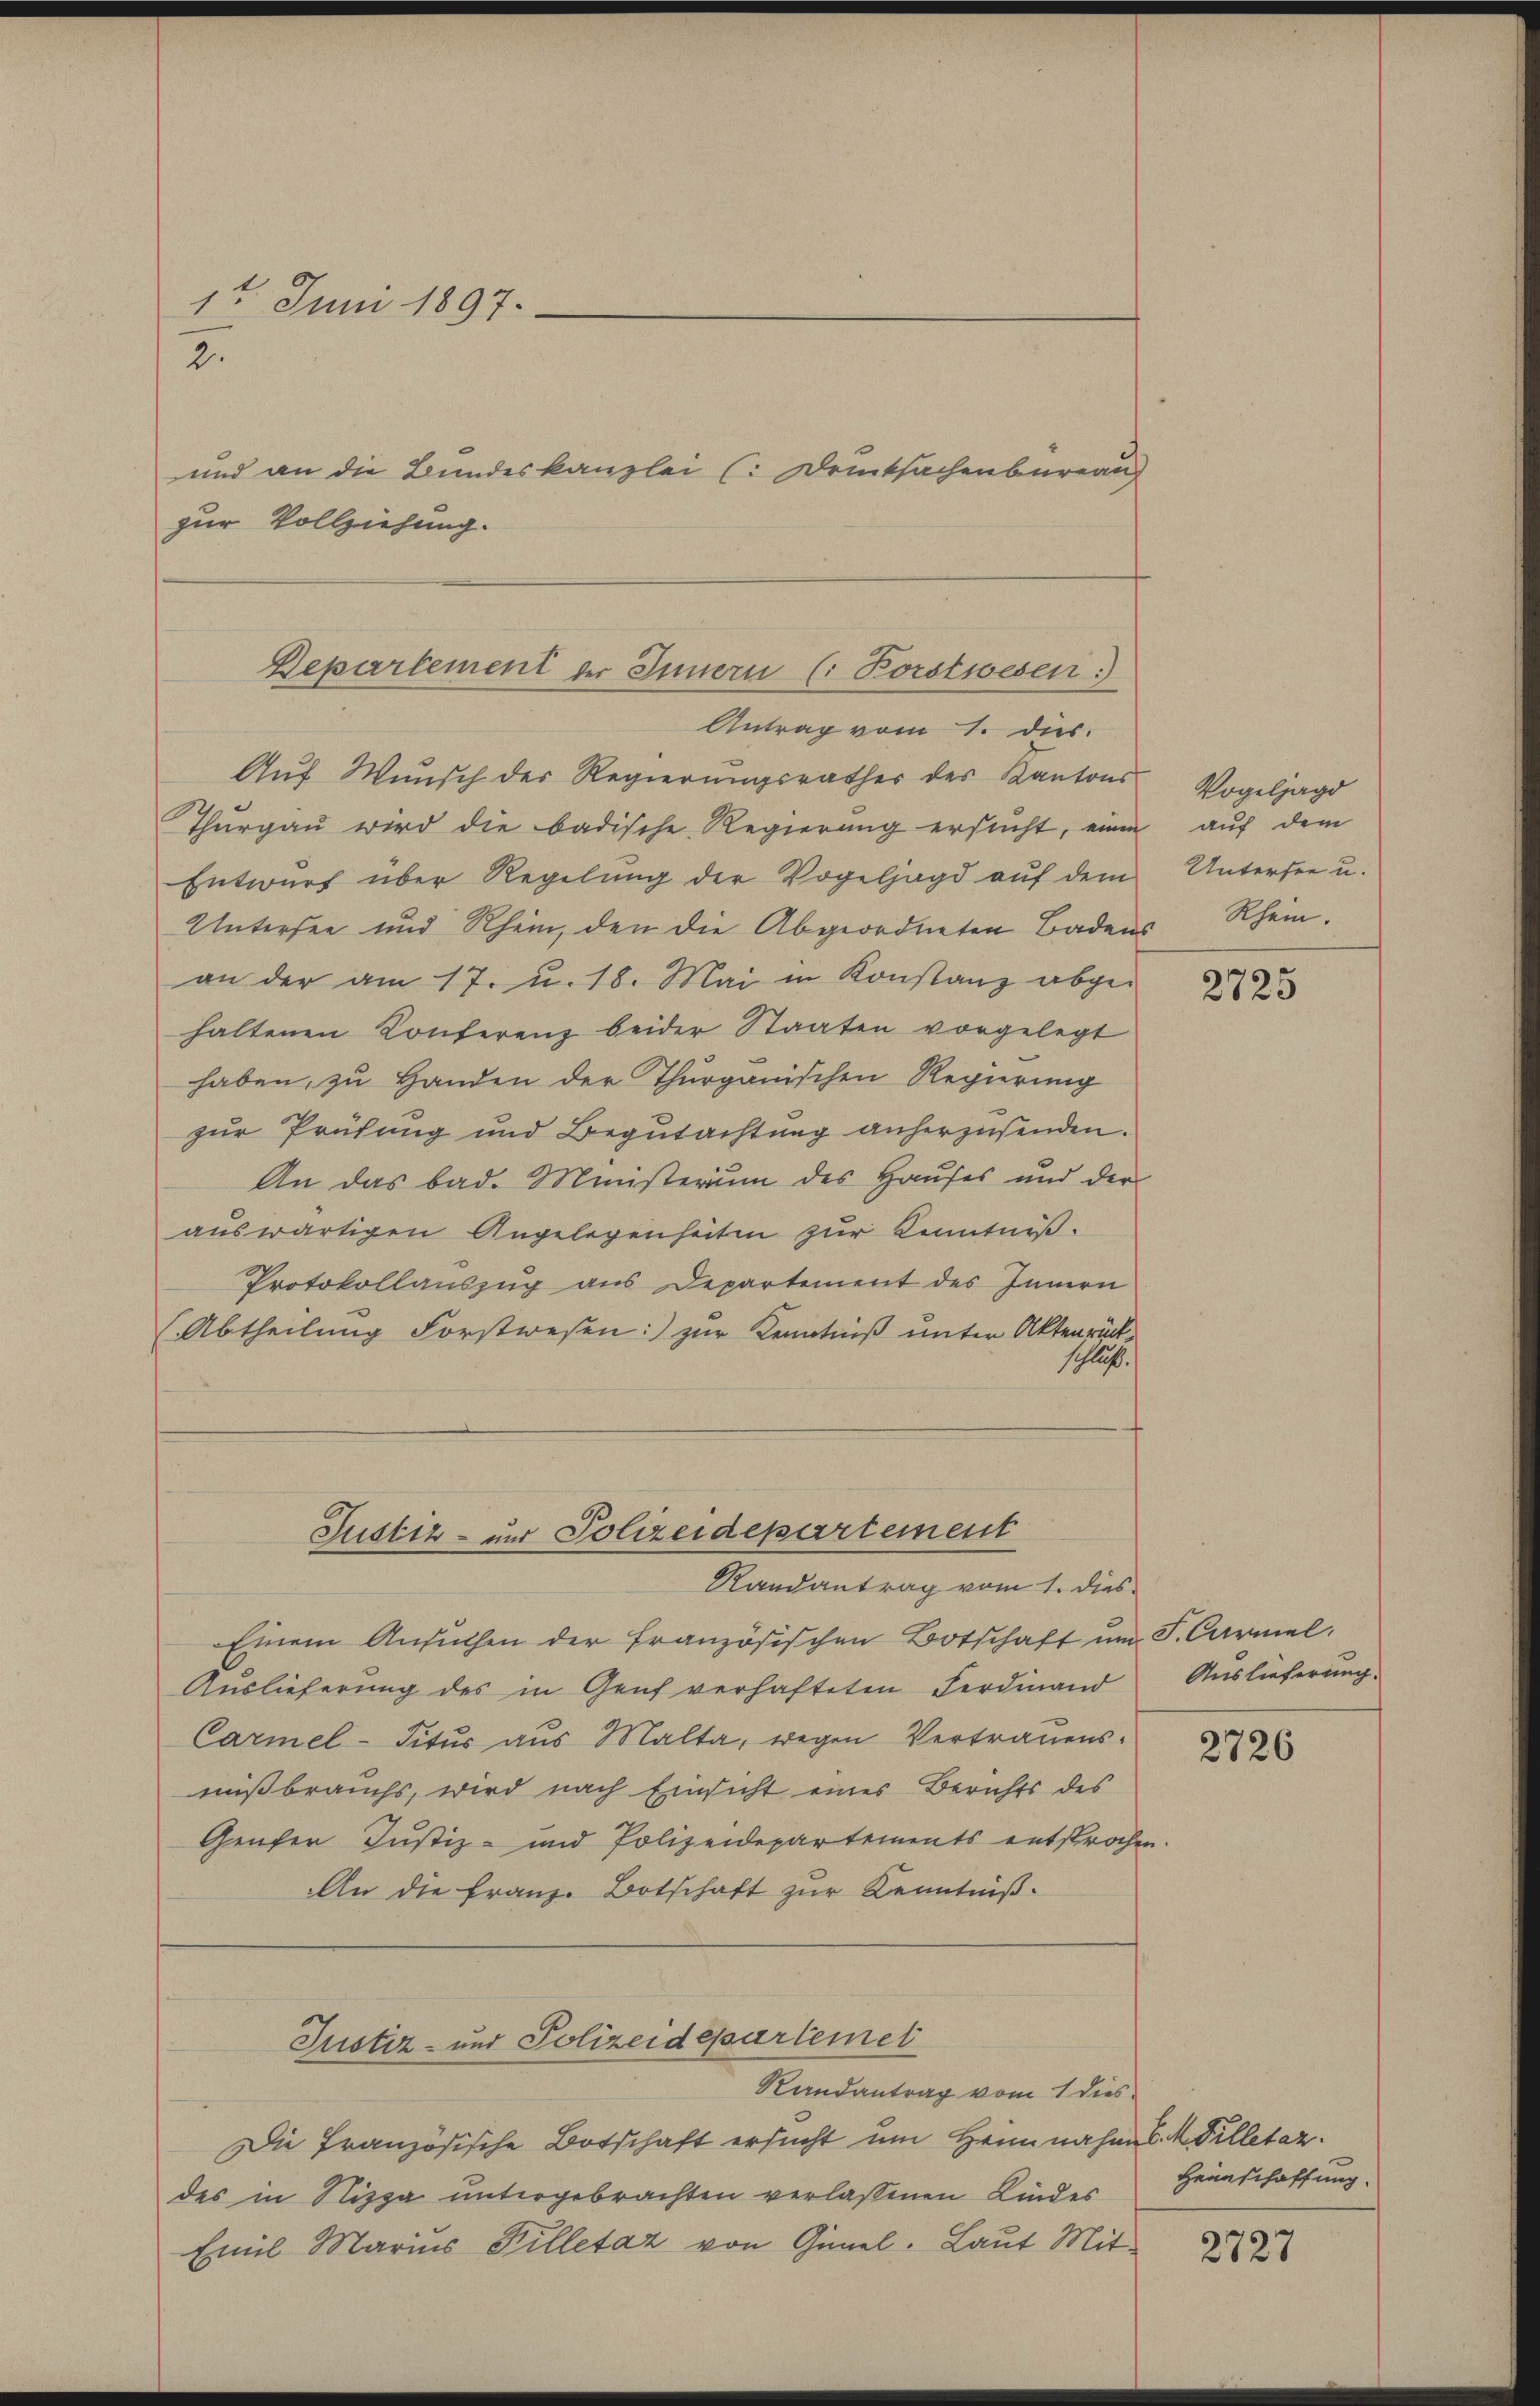
1t Juni 1897.
2.

und an die Bundeskanzlei (: Deutsachenbureau
zur Vollziehung.

Auf Wunsch der Regierungsrathes des Kantons
Thurgau wird die badische Regierung ersucht, einen
Entwurf über Regelung der Vogeljagd auf dem
Untersee und Rhein, den die Abgeordneten Badens Rhein.
an der am 17. u. 18. Mai in Konstanz abgehaltenen Konferenz beider Staaten vorgelegt
haben, zu Handen der Thurgauischen Regierung
zur Prüfung und Begutachtung anherzusenden.
An das bad. Ministerium des Hauses und der
auswärtigen Angelegenheiten zur Kenntniß.
Protokollauszug aus Departement des Innern
(Abtheilung Forstwesen: zur Kenntniß unter Aktenrück
schluss.

Departement der Innern (: Borstwesen)
Antrag vom 1. dies

Einem Ansuchen der französischen Botschaft ŭm F. Carmel,
Auslieferung des in Genf verhafteten Ferdinand Auslieferung.
Carmel-Titus aus Malta, wegen Vertrauensmißbrauchs, wird nach Einsicht eines Berichts des
Genfer Justiz- und Polizeidepartements entsprochen
An die Franz-Botschaft zur Kenntniß.

Justiz- und Polizeidepartement
Randantrag vom 1. dies

Justiz- und Polizeidepartemet

Randantrag vom 1 dies
Die Französische Botschaft ersucht um Heim nahme S. M. Pilletar.
des in Nizza untergebrachten verlassenen Kindes
Emil Marius Killetaz von Günel. Laut Mit-

Vogeljagd
auf dem
Untersee u.

2725

2726

Heimschaffung.

2727